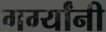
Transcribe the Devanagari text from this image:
गर्ग्यांनी